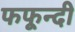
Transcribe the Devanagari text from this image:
फफून्दी